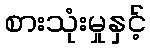
စားသုံးမှုနှင့်